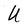
Character: U